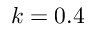
k = 0 . 4